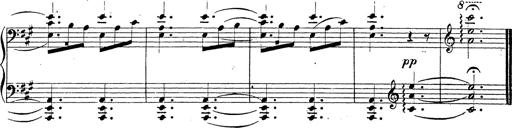
Title: Chanson bohÃ©mienne
Composer: Franz Liszt